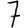
Digit: 7